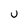
Character: U